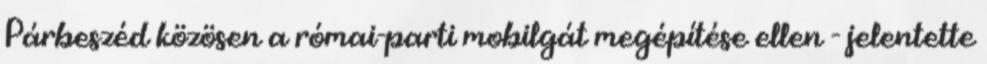
Párbeszéd közösen a római-parti mobilgát megépítése ellen - jelentette